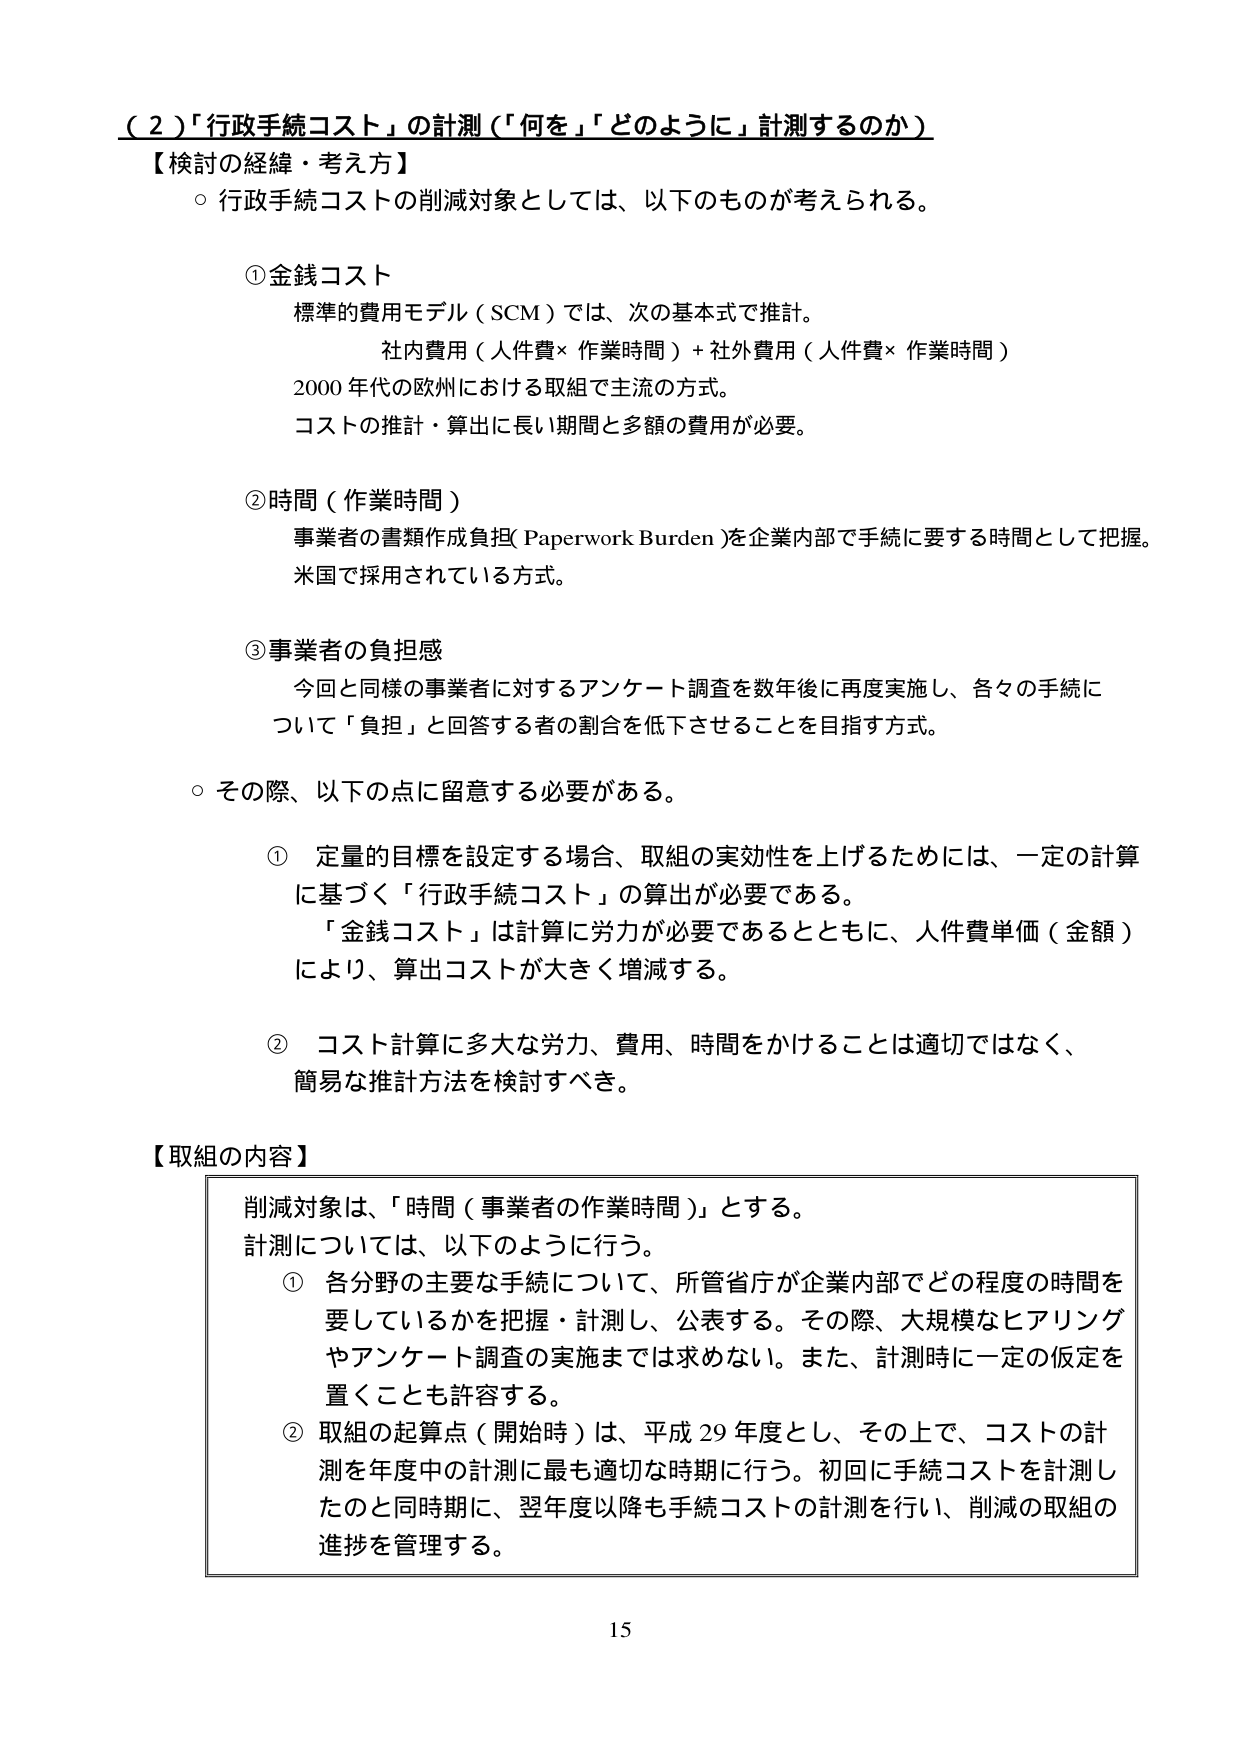
（２）「行政手続コスト」の計測（「何を」「どのように」計測するのか）

【検討の経緯・考え方】

○ 行政手続コストの削減対象としては、以下のものが考えられる。

① 金銭コスト
標準的費用モデル（SCM）では、次の基本式で推計。
社内費用（人件費×作業時間）＋社外費用（人件費×作業時間）
2000年代の欧州における取組で主流の方式。
コストの推計・算出に長い期間と多額の費用が必要。

② 時間（作業時間）
事業者の書類作成負担（Paperwork Burden）を企業内部で手続に要する時間として把握。
米国で採用されている方式。

③ 事業者の負担感
今回と同様の事業者に対するアンケート調査を数年後に再度実施し、各々の手続について「負担」と回答する者の割合を低下させることを目指す方式。

○ その際、以下の点に留意する必要がある。

① 定量的目標を設定する場合、取組の実効性を上げるためには、一定の計算に基づく「行政手続コスト」の算出が必要である。
「金銭コスト」は計算に労力が必要であるとともに、人件費単価（金額）により、算出コストが大きく増減する。

② コスト計算に多大な労力、費用、時間をかけることは適切ではなく、簡易な推計方法を検討すべき。

【取組の内容】

削減対象は、「時間（事業者の作業時間）」とする。
計測については、以下のように行う。

① 各分野の主要な手続について、所管省庁が企業内部でどの程度の時間を要しているかを把握・計測し、公表する。その際、大規模なヒアリングやアンケート調査の実施までは求めない。また、計測時に一定の仮定を置くことも許容する。

② 取組の起算点（開始時）は、平成29年度とし、その上で、コストの計測を年度中の計測に最も適切な時期に行う。初回に手続コストを計測したのと同時期に、翌年度以降も手続コストの計測を行い、削減の取組の進捗を管理する。

15